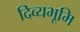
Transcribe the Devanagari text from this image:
दिव्यभूमि